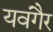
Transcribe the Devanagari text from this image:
यवंगैर